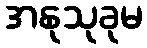
အနုသုခုမ